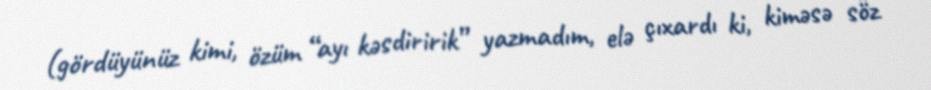
(gördüyünüz kimi, özüm “ayı kəsdiririk” yazmadım, elə çıxardı ki, kiməsə söz